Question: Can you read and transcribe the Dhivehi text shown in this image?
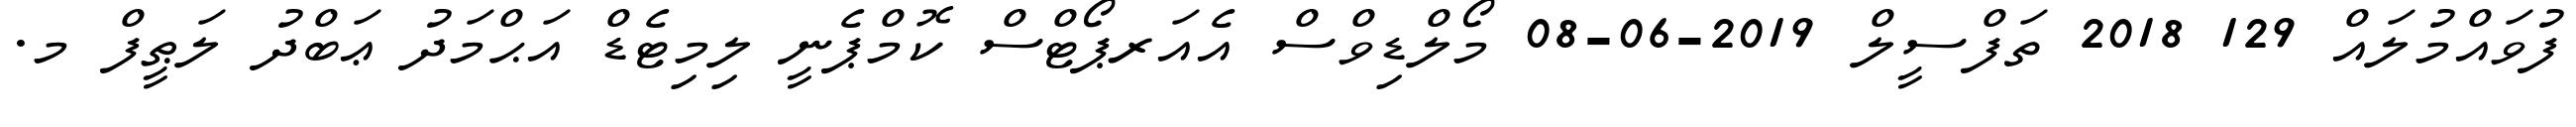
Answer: ފުވައްމުލައް 129 2018 ތަފްސީލް 2019-06-08 މޯލްޑިވްސް އެއަރޕޯޓްސް ކޮމްޕެނީ ލިމިޓެޑް އަޙްމަދު ޢަބްދު ލަޠީފް މ.